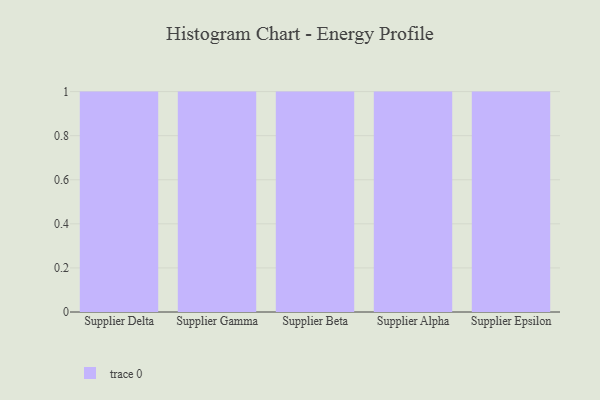
{"axis": {"x": "Supplier", "y": "Satisfaction Score"}, "legend": [""], "data": [{"x": "Supplier Delta", "y": 34, "type": ""}, {"x": "Supplier Gamma", "y": 90, "type": ""}, {"x": "Supplier Beta", "y": 41, "type": ""}, {"x": "Supplier Alpha", "y": 43, "type": ""}, {"x": "Supplier Epsilon", "y": 53, "type": ""}]}